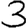
Digit: 3